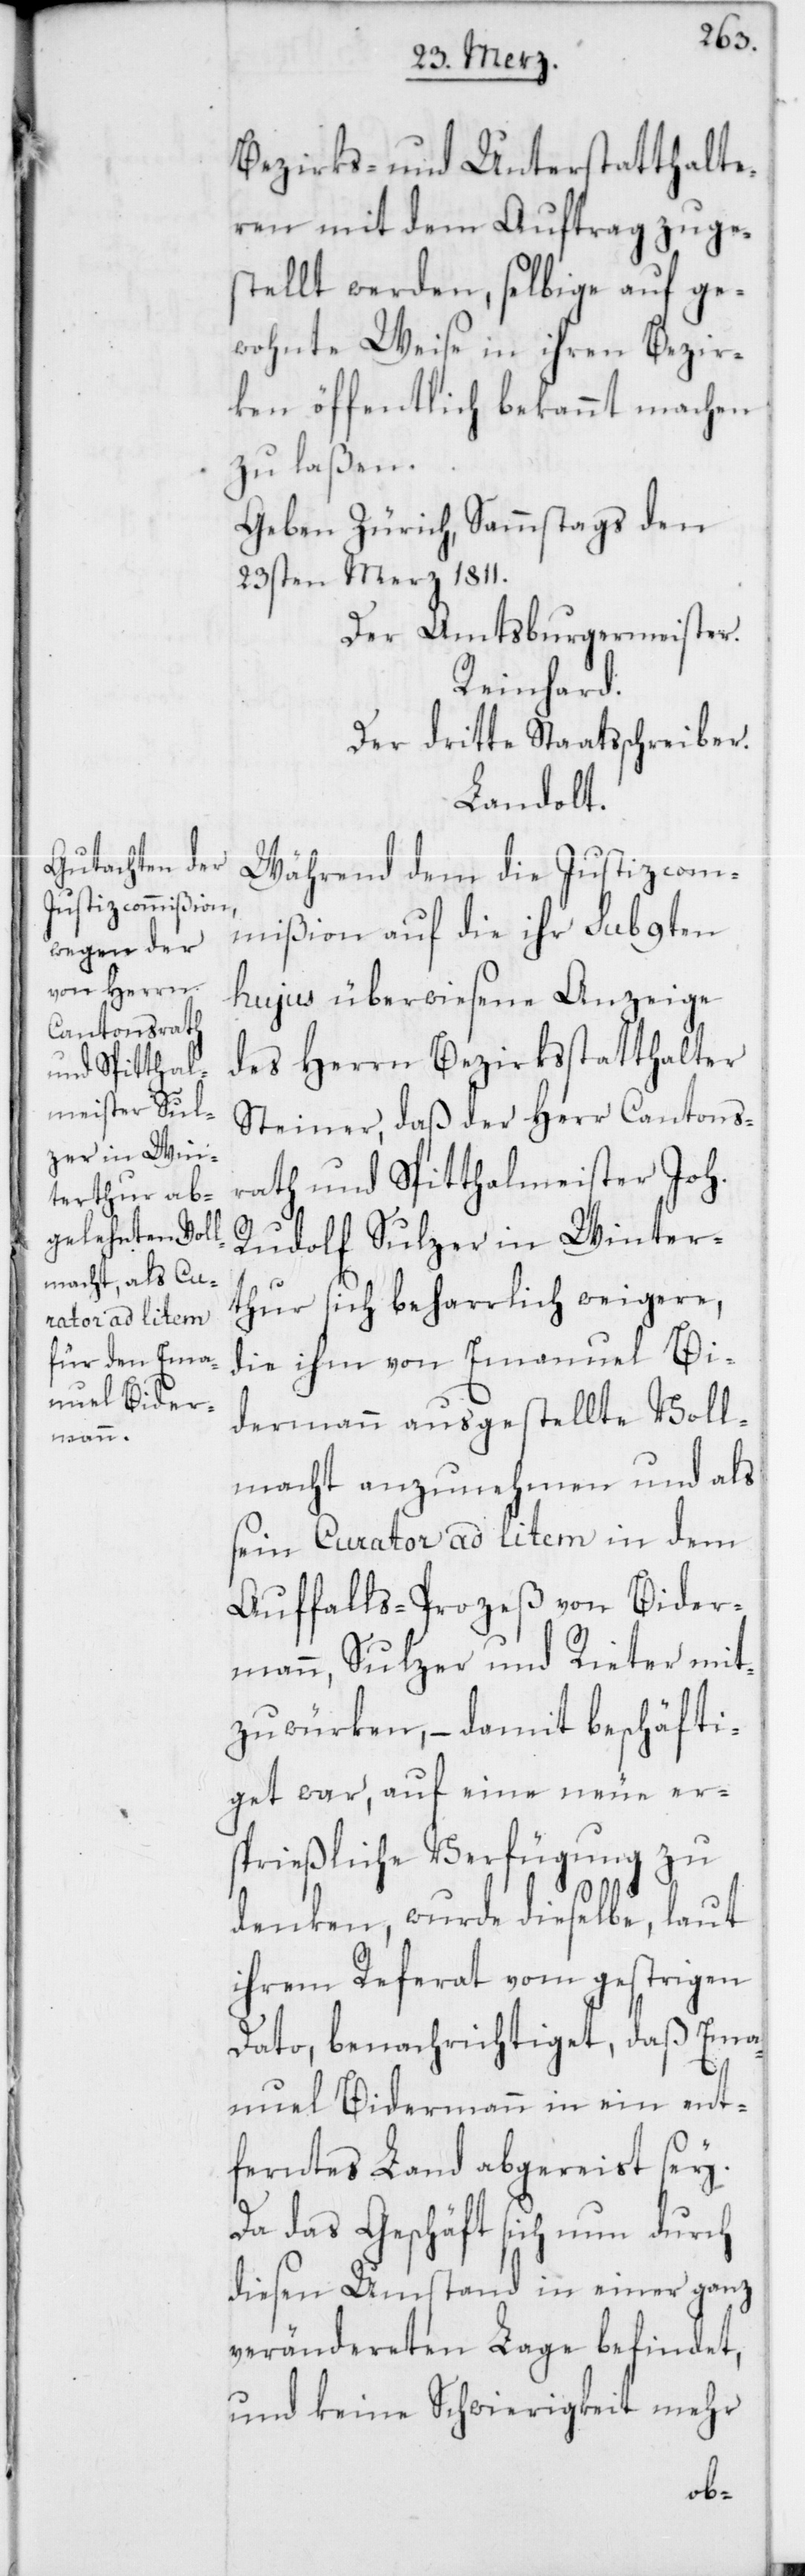
Bezirks- und Unterstatthalte¬
ren mit dem Auftrag zuge¬
stellt werden, selbige auf ge¬
wohnte Weise in ihren Bezir¬
ken öffentlich bekannt machen
zu laßen.
Geben Zürich, Sammstags den
23sten Merz 1811.
Der Amtsburgermeister
Reinhard.
Der dritte Staatsschreiber
Landolt.
Während dem die Justizcom¬
mißion auf die ihr sub 9ten
hujus überwiesene Anzeige
des Herrn Bezirksstatthalter
Steiner, daß der Herr Cantons¬
rath und Spitthalmeister Joh.
Rudolf Sulzer in Winter¬
thur sich beharrlich weigere,
die ihm von Emanuel Bie¬
dermann ausgestellte Voll¬
macht anzunehmen, und als
sein Curator ad litem in dem
Auffalls-Prozeß von Bider¬
mann, Sulzer und Rieter mit¬
zuwürken, – damit beschäfti¬
get war, auf eine neue er¬
sprießliche Verfügung zu
denken, wurde dieselbe, laut
ihrem Referat vom gestrigen
Dato, benachrichtiget, daß Ema¬
nuel Bidermann in ein ent¬
ferntes Land abgereist sey.
Da das Geschäft sich nun durch
diesen Umstand in einer ganz
verändereten Lage befindet,
und keine Schwierigkeit mehr